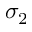
\sigma _ { 2 }